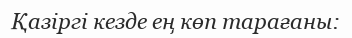
Қазіргі кезде ең көп тарағаны: